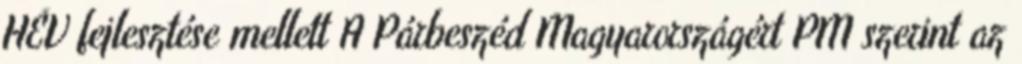
HÉV fejlesztése mellett A Párbeszéd Magyarországért PM szerint az